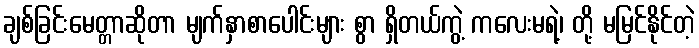
ချစ်ခြင်းမေတ္တာဆိုတာ မျက်နှာစာပေါင်းများ စွာ ရှိတယ်ကွဲ့ ကလေးမရဲ့၊ တို့ မမြင်နိုင်တဲ့